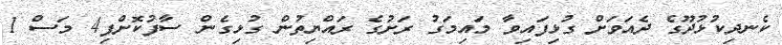
ކެނދިކުޅުދޫގެ ދެއަވަށް ގުޅިފައިވާ މައިމަގު ރަށުގެ ރައްޔިތުން ގުޅިގެން ސާފުކޮށްފި4 މަސް 1